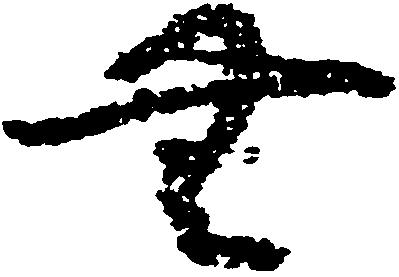
無